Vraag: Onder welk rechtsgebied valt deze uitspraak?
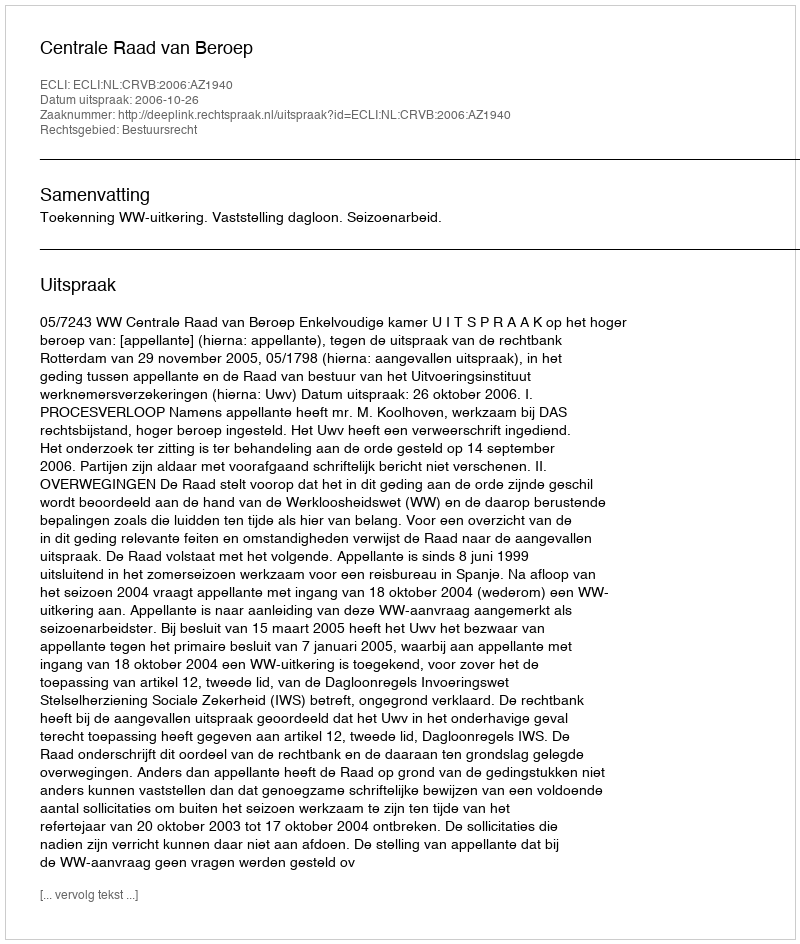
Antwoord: Bestuursrecht